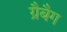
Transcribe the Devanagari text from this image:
ग्रैबैग